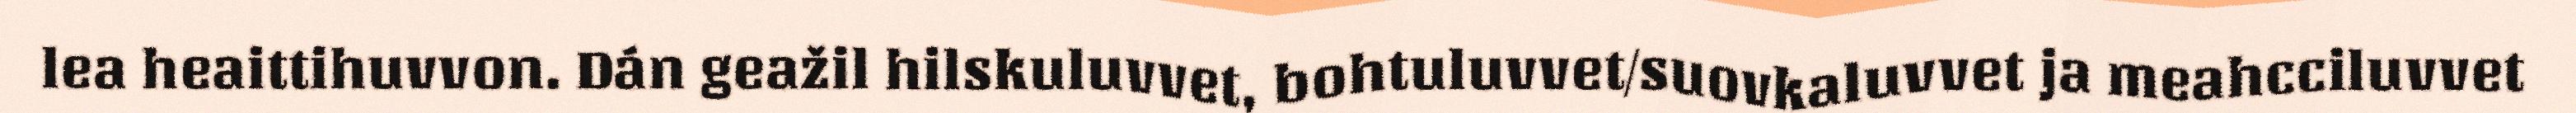
lea heaittihuvvon. Dán geažil hilskuluvvet, bohtuluvvet/suovkaluvvet ja meahcciluvvet